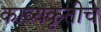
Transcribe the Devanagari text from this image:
काव्यकृतीचे